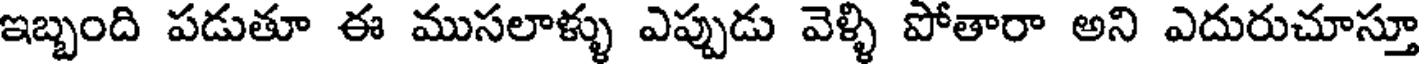
ఇబ్బంది పడుతూ ఈ ముసలాళ్ళు ఎప్పుడు వెళ్ళి పోతారా అని ఎదురుచూస్తూ